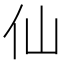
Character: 仙